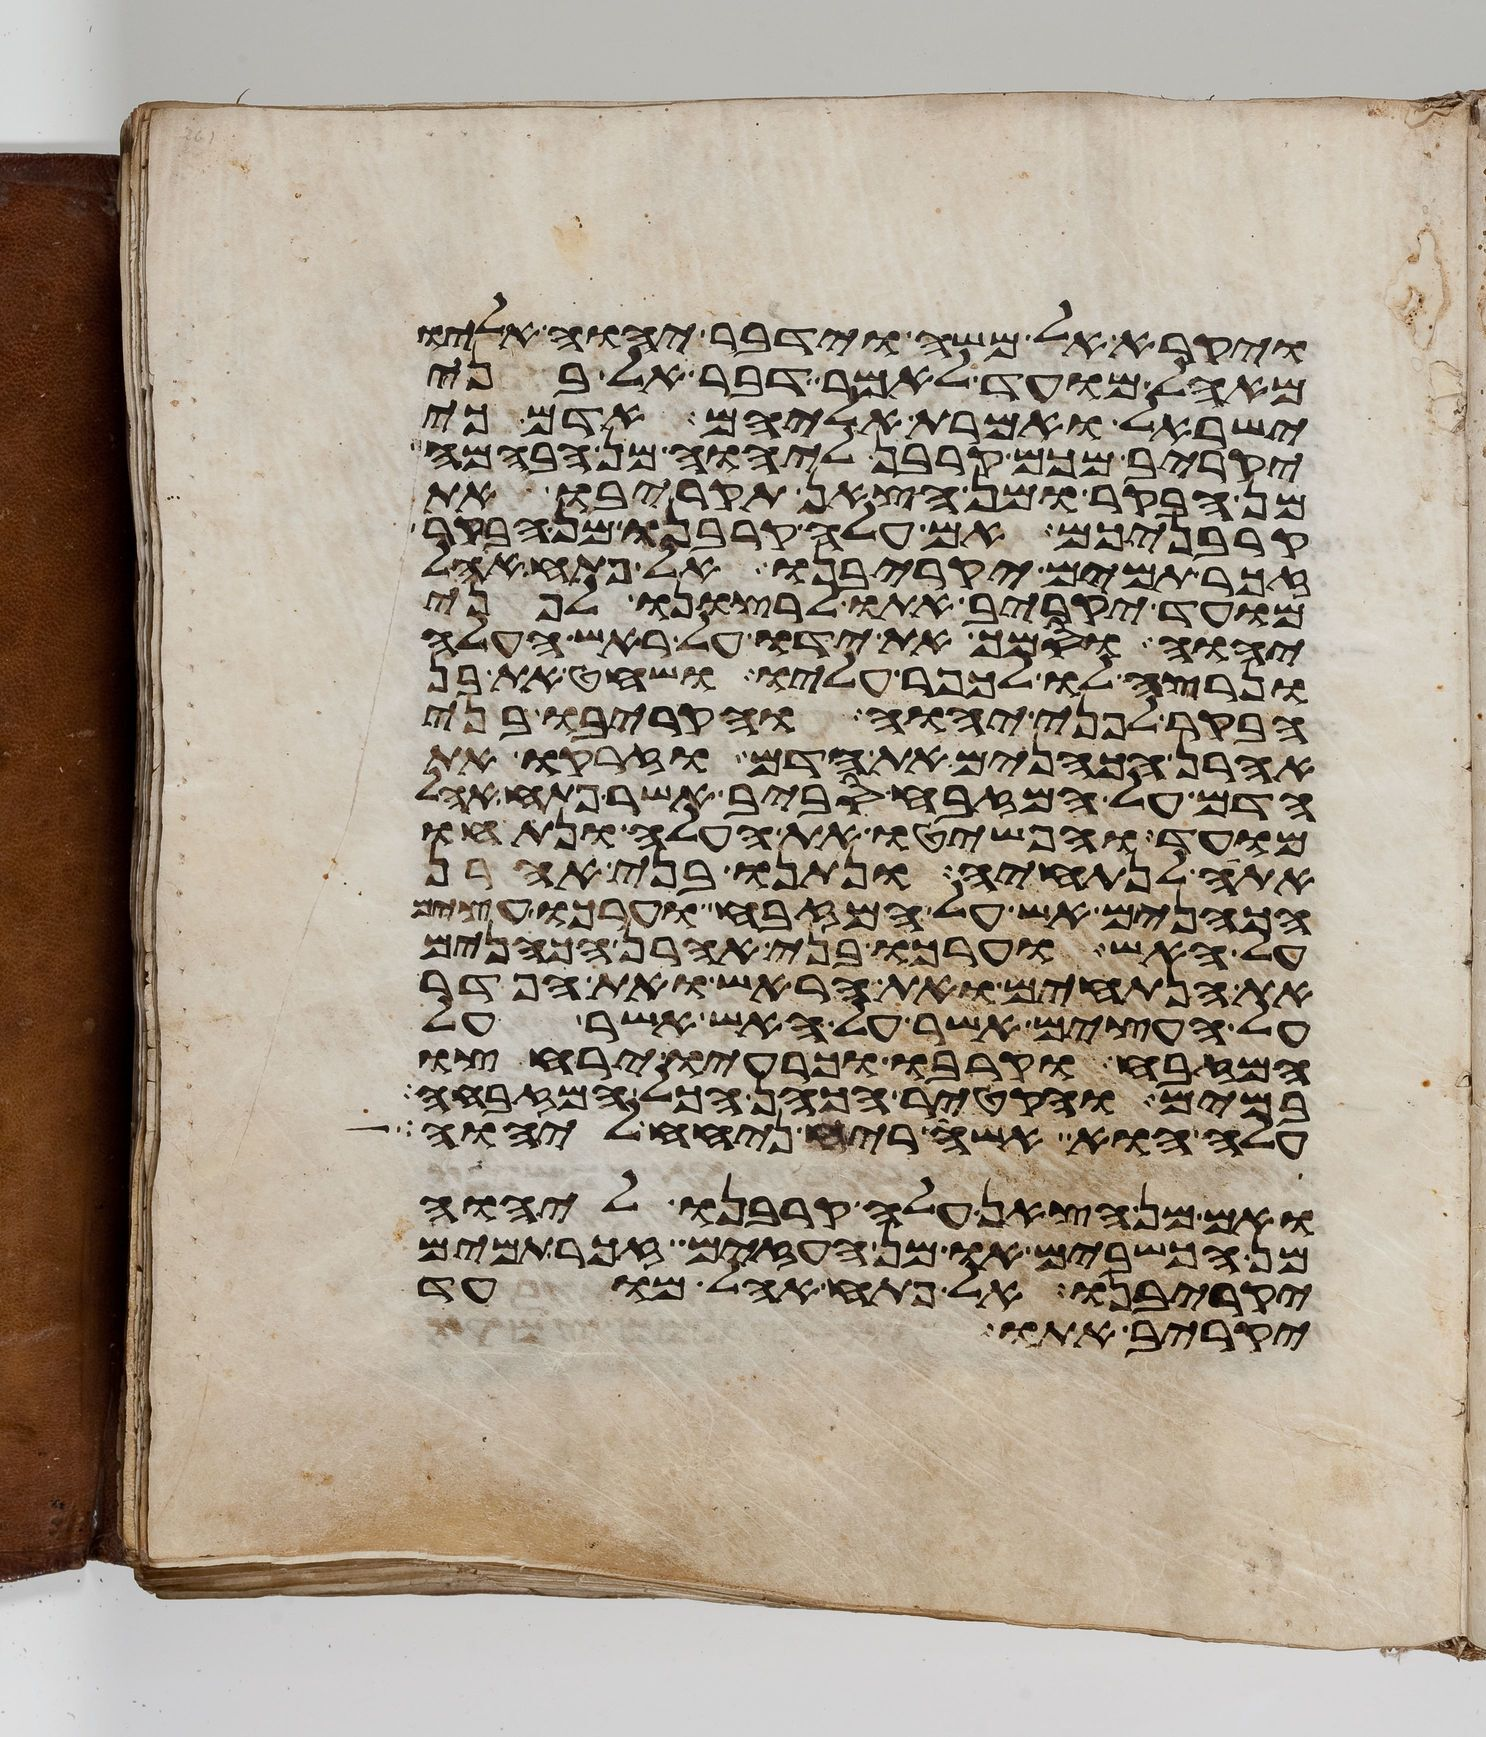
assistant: ויקרא אל משה וידבר יהוה אליו
מאהל מועד לאמר דבר אל בני
ישראל ואמרת אליהם אדם כי
יקריב מכם קרבן ליהוה מן הבהמה
מן הבקר או מן הצאן תקריבו את
קרבניכם אם עלה קרבנו מן הבקר
זכר תמים יקריבנו אל פתח אהל
מועד יקריב אתו לרצונו לפני
יהוה וסמך את ידו על ראש העלה
ונרצה לו לכפר עליו ושחט את בן
הבקר לפני יהוה והקריבו בני
אהרן הכהנים את הדם וזרקו את
הדם על המזבח סביב אשר פתח אהל
מועד והפשיטו את העלה ונתחו
אתה לנתחיה ונתנו בני אהרן
הכהנים אש על המזבח וערכו עצים
על האש וערכו בני אהרן הכהנים
את הנתחים ואת הראש ואת הפדר
על העצים אשר על האש אשר על
המזבח וקרבו וכרעיו ירחצו
במים והקטיר הכהן הכל המזבחה
עלה הוא אשה ריח ניחח ליהוה
ואם מן הצאן עלה קרבנו ליהוה
מן הכשבים או מן העזים זכר תמים
יקריבנו אל פתח אהל מועד
יקריב אתו